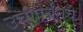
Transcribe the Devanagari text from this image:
उंचीपर्यंतचे